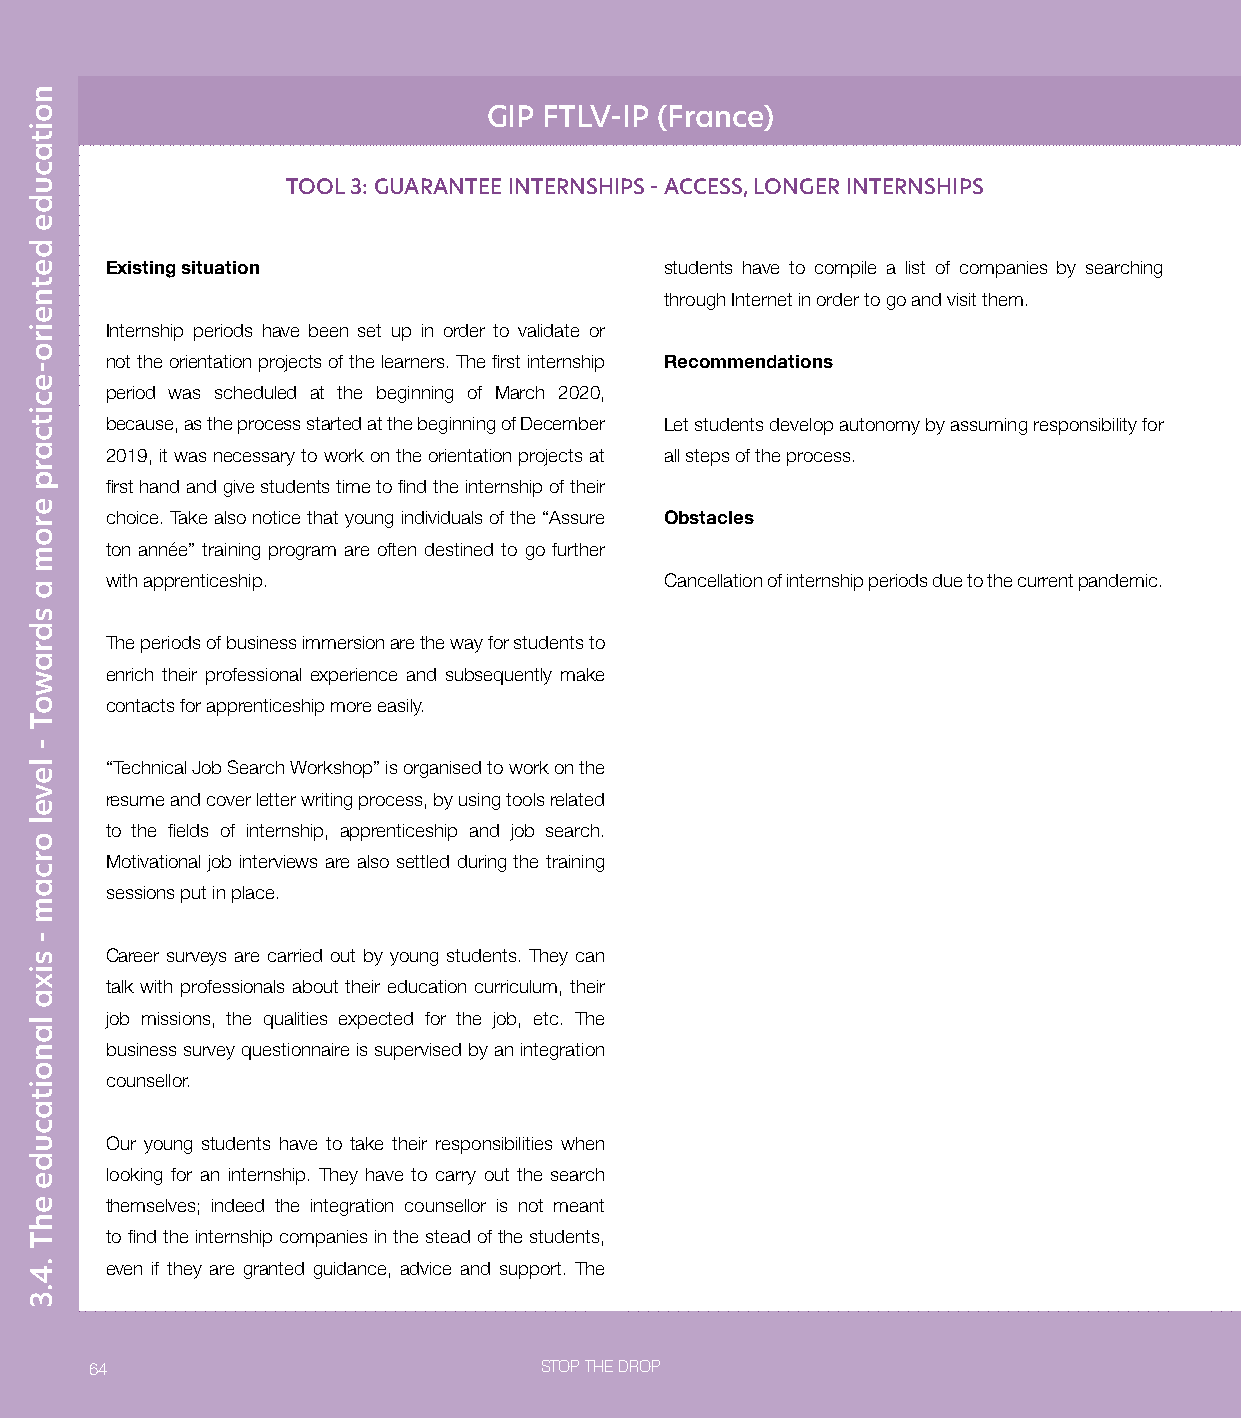
GIP FTLV-IP (France)
 TOOL 3: GUARANTEE INTERNSHIPS - ACCESS, LONGER INTERNSHIPS
 Existing situation                   students have to compile a list of companies by searching
 through Internet in order to go and visit them.
 Internship periods have been set up in order to validate or
 not the orientation projects of the learners. The first internship Recommendations
 period was scheduled at the beginning of March 2020,
 because, as the process started at the beginning of December Let students develop autonomy by assuming responsibility for
 2019, it was necessary to work on the orientation projects at all steps of the process.
 first hand and give students time to find the internship of their
 choice. Take also notice that young individuals of the “Assure Obstacles
 ton année” training program are often destined to go further
 with apprenticeship.                 Cancellation of internship periods due to the current pandemic.
 The periods of business immersion are the way for students to
 enrich their professional experience and subsequently make
 contacts for apprenticeship more easily.
 “Technical Job Search Workshop” is organised to work on the
 resume and cover letter writing process, by using tools related
 to the fields of internship, apprenticeship and job search.
 Motivational job interviews are also settled during the training
 sessions put in place.
 Career surveys are carried out by young students. They can
 talk with professionals about their education curriculum, their
 job missions, the qualities expected for the job, etc. The
 business survey questionnaire is supervised by an integration
 counsellor.
 Our young students have to take their responsibilities when
 looking for an internship. They have to carry out the search
 themselves; indeed the integration counsellor is not meant
 to find the internship companies in the stead of the students,
 even if they are granted guidance, advice and support. The
 64                            STOP THE DROP
 noitacude
 detneiro-ecitcarp
 erom
 a
 sdrawoT
 -
 level
 orcam
 -
 sixa
 lanoitacude
 ehT
 .4.3